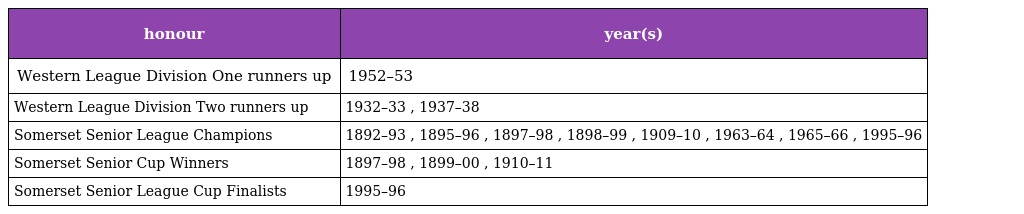
| honour | year(s) |
 | --- | --- |
 | Western League Division One runners up | 1952–53 |
 | Western League Division Two runners up | 1932–33 , 1937–38 |
 | Somerset Senior League Champions | 1892–93 , 1895–96 , 1897–98 , 1898–99 , 1909–10 , 1963–64 , 1965–66 , 1995–96 |
 | Somerset Senior Cup Winners | 1897–98 , 1899–00 , 1910–11 |
 | Somerset Senior League Cup Finalists | 1995–96 |